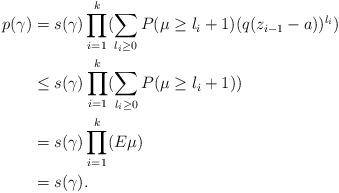
LaTeX: \begin{align*}p(\gamma)&=s(\gamma)\prod_{i=1}^{k}(\sum_{l_i\geq0}P(\mu\geq l_i+1)(q(z_{i-1}-a))^{l_i})\\&\leq s(\gamma)\prod_{i=1}^{k}(\sum_{l_i\geq0}P(\mu\geq l_i+1))\\&=s(\gamma)\prod_{i=1}^{k}(E\mu)\\&=s(\gamma).\end{align*}